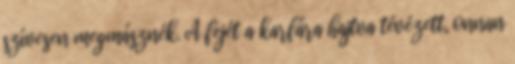
szívesen megmásznék. A fejét a karfára hajtva tévézett, onnan